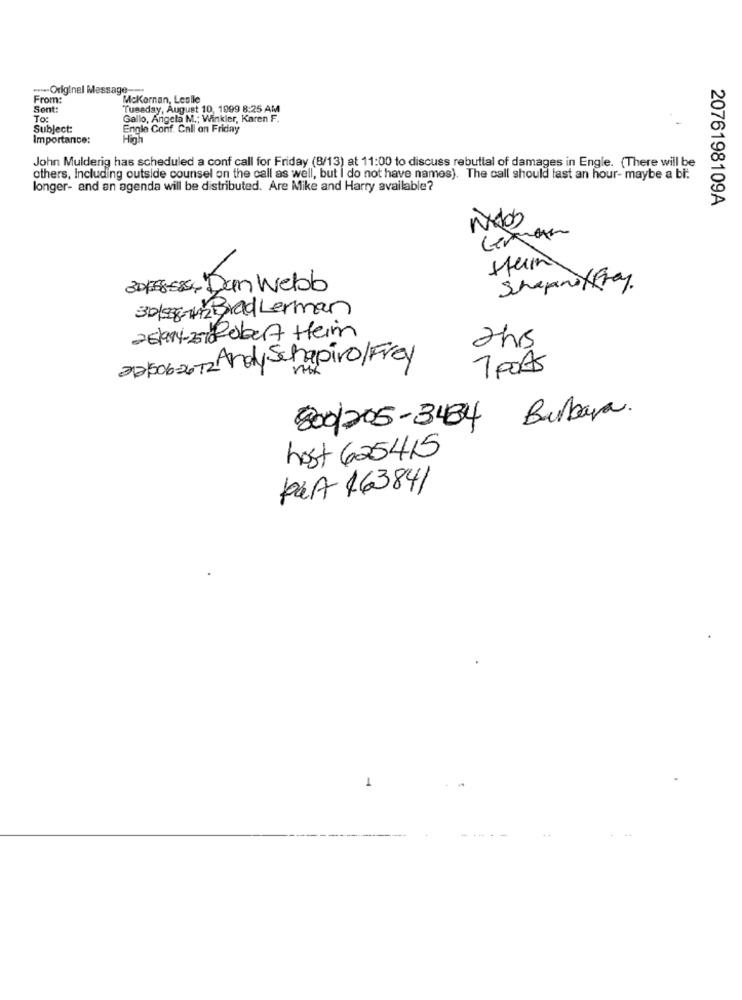
-Original Message-
From:
McKornan, Leslle
Sent:
Tuesday, August 10, 1999 8:25 AM
To:
Gallo, Angela M .; Winkler, Karen F.
Subject:
Engle Conf. Call on Friday
Importance:
Hinh
John Mulderig has scheduled a conf call for Friday (8/13) at 11:00 to discuss rebuttal of damages in Engle. (There will be
others, including outside counsel on the call as well, but I do not have names). The call should fast an hour- maybe a bi:
longer- and an agenda will be distributed. Are Mike and Harry available?
2076198109A
German
stein
30/68-5854 Dan Webb
Schepeneffray.
30/98-42 BradLerman
25/994-2510 Robert Heim
2hrs
22/506-26-12 Andy Schapiro/Frey
7 pots
800/205-3484 Bubara.
host 625415
PLA 163841